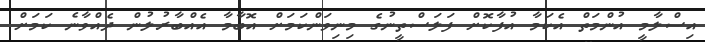
އިސްލާމީ އުންމަތް އެކަމާ އުފާކޮށް ފަލަސްތީނުގެ މިނިވަންކަމަށް އޮބާމާ އެއްބާރުލުން ދެއްވާނެ ކަމަށް